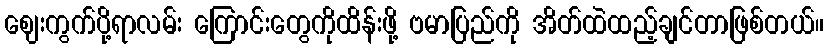
ဈေးကွက်ပို့ရာလမ်း ကြောင်းတွေကိုထိန်းဖို့ ဗမာပြည်ကို အိတ်ထဲထည့်ချင်တာဖြစ်တယ်။